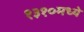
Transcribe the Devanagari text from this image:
१३१०मध्ये